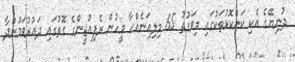
ދުނިޔޭގެ އެކި ކަންކޮޅުތަކުގައި މިވަގުތު 65 މިލިއަނެއްހާ މީހުން ރެފިއުޖީންގެ ގޮތުގައި ދައުރުވަމުންދާ